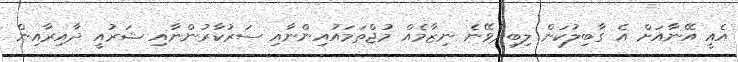
އެއީ އޭނާއަށް އެ ގާބިލުކަން ލިބިދެވޭނެ ނިޒާމެއް މުޖްތަމައުއިންނާއި ސަރުކާރުންނާއި ޝަރުއީ ދާއިރާއިން